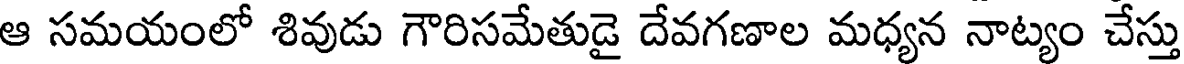
ఆ సమయంలో శివుడు గౌరిసమేతుడై దేవగణాల మధ్యన నాట్యం చేస్తు